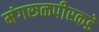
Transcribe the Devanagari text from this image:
मंगरूळपीरकडे